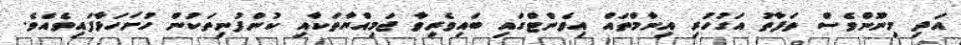
އަދި މިނޫންވެސް ތަފާތު އަގުހުރި އިނާމްތައް އިވެންޓްގައި ބައިވެރިވާ ޖަމިއްޔާތަކާއި ކުންފުނިތަކުން ހުށަހަޅާފައިވެއެވެ.